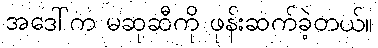
အဒေါ်က မဆုဆီကို ဖုန်းဆက်ခဲ့တယ်။